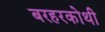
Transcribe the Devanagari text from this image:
बरहरकोथी